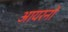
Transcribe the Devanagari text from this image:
आयरनों